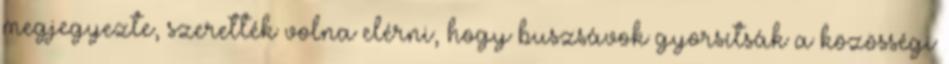
megjegyezte, szerették volna elérni, hogy buszsávok gyorsítsák a közösségi